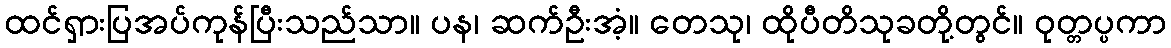
ထင်ရှားပြအပ်ကုန်ပြီးသည်သာ။ ပန၊ ဆက်ဦးအံ့။ တေသု၊ ထိုပီတိသုခတို့တွင်။ ဝုတ္တပ္ပကာ